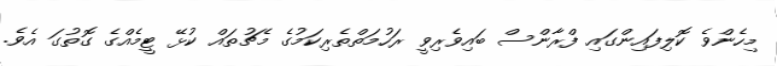
މިހެންވެ ކޮލިފައިންގައި ފްރާންސް ބައިވެރިވީ ރަހުމަތްތެރިކަމުގެ މެޗުތައް ކުޅޭ ޓީމެއްގެ ގޮތުގަ އެވެ.